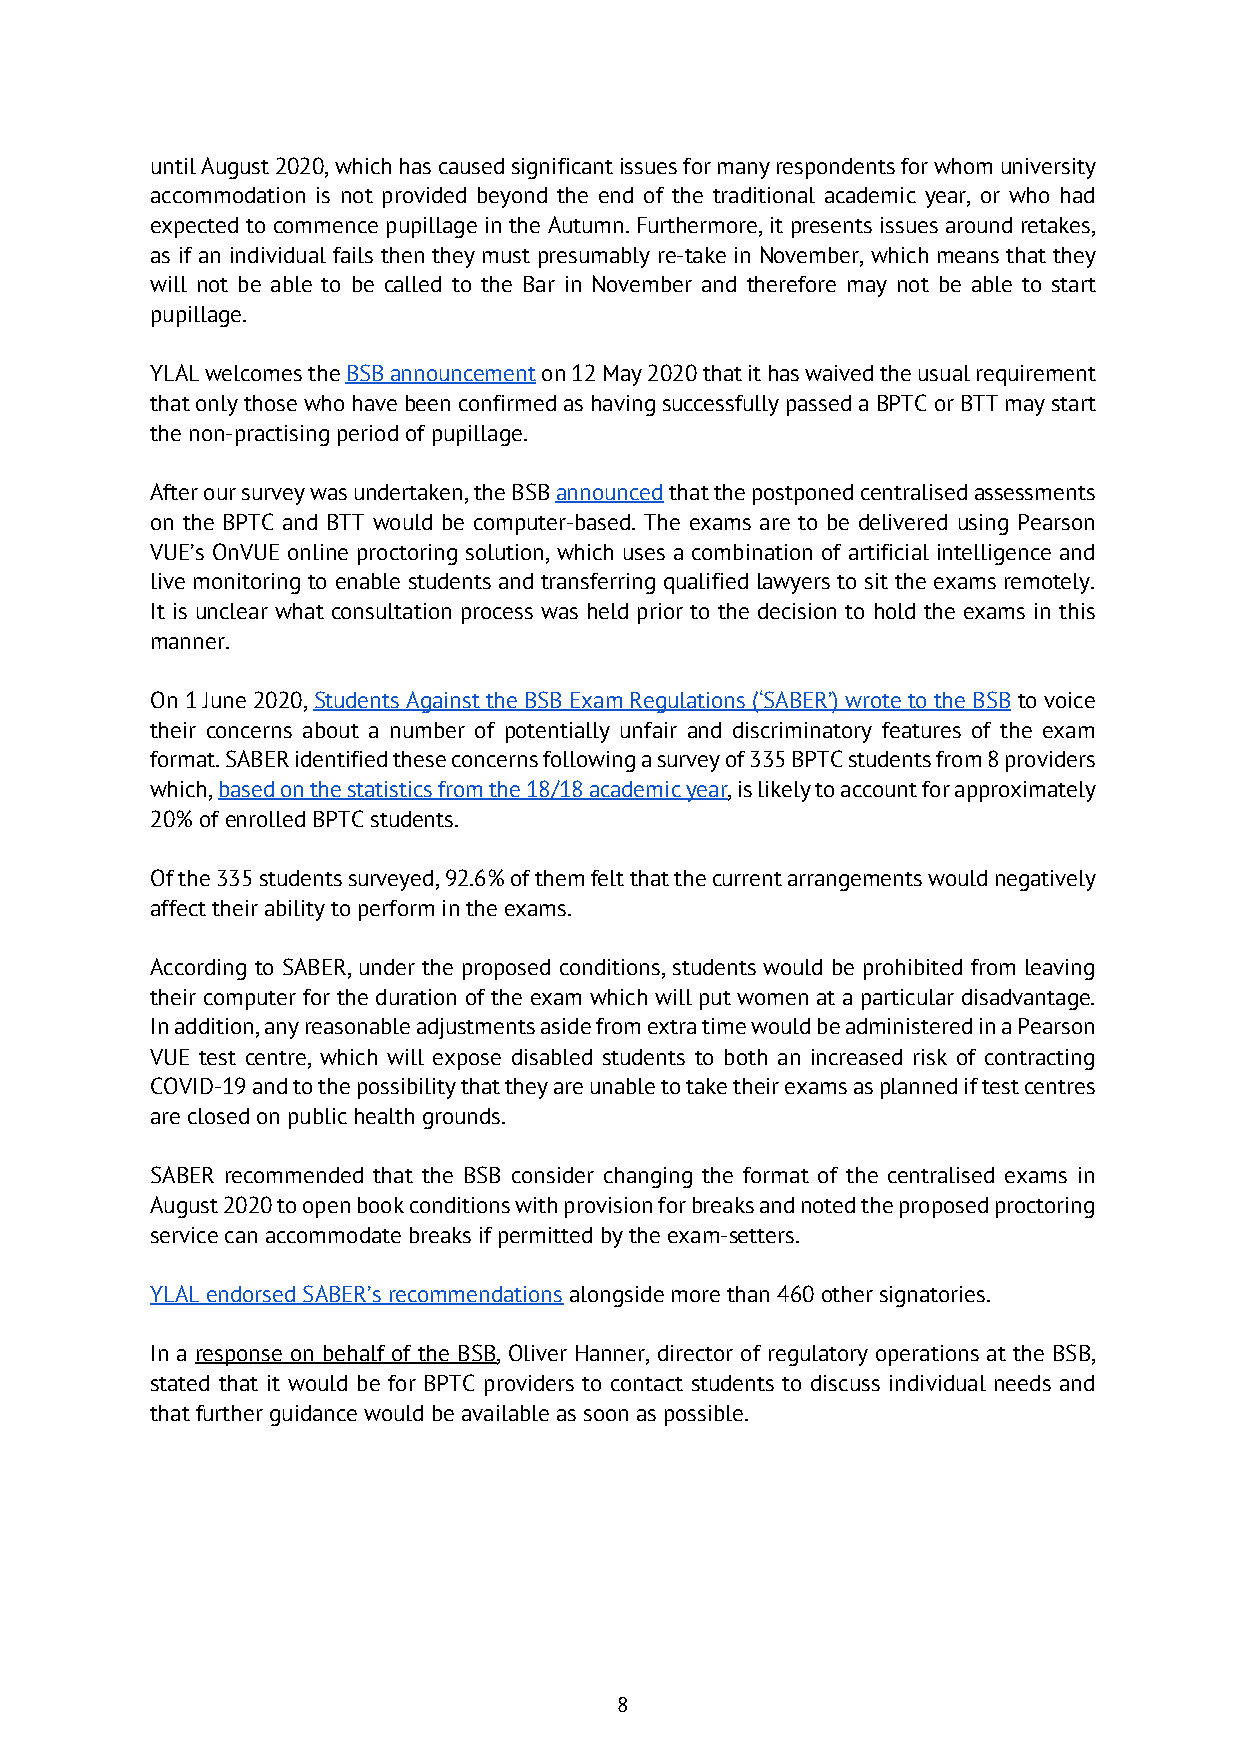
until August 2020, which has caused significant issues for many respondents for whom university
 accommodation is not provided beyond the end of the traditional academic year, or who had
 expected to commence pupillage in the Autumn. Furthermore, it presents issues around retakes,
 as if an individual fails then they must presumably re-take in November, which means that they
 will not be able to be called to the Bar in November and therefore may not be able to start
 pupillage.
 YLAL welcomes the BSB announcement on 12 May 2020 that it has waived the usual requirement
 that only those who have been confirmed as having successfully passed a BPTC or BTT may start
 the non-practising period of pupillage.
 After our survey was undertaken, the BSB announced that the postponed centralised assessments
 on the BPTC and BTT would be computer-based. The exams are to be delivered using Pearson
 VUE’s OnVUE online proctoring solution, which uses a combination of artificial intelligence and
 live monitoring to enable students and transferring qualified lawyers to sit the exams remotely.
 It is unclear what consultation process was held prior to the decision to hold the exams in this
 manner.
 On 1 June 2020, Students Against the BSB Exam Regulations (‘SABER’) wrote to the BSB to voice
 their concerns about a number of potentially unfair and discriminatory features of the exam
 format. SABER identified these concerns following a survey of 335 BPTC students from 8 providers
 which, based on the statistics from the 18/18 academic year, is likely to account for approximately
 20% of enrolled BPTC students.
 Of the 335 students surveyed, 92.6% of them felt that the current arrangements would negatively
 affect their ability to perform in the exams.
 According to SABER, under the proposed conditions, students would be prohibited from leaving
 their computer for the duration of the exam which will put women at a particular disadvantage.
 In addition, any reasonable adjustments aside from extra time would be administered in a Pearson
 VUE test centre, which will expose disabled students to both an increased risk of contracting
 COVID-19 and to the possibility that they are unable to take their exams as planned if test centres
 are closed on public health grounds.
 SABER recommended that the BSB consider changing the format of the centralised exams in
 August 2020 to open book conditions with provision for breaks and noted the proposed proctoring
 service can accommodate breaks if permitted by the exam-setters.
 YLAL endorsed SABER’s recommendations alongside more than 460 other signatories.
 In a response on behalf of the BSB, Oliver Hanner, director of regulatory operations at the BSB,
 stated that it would be for BPTC providers to contact students to discuss individual needs and
 that further guidance would be available as soon as possible.
 8